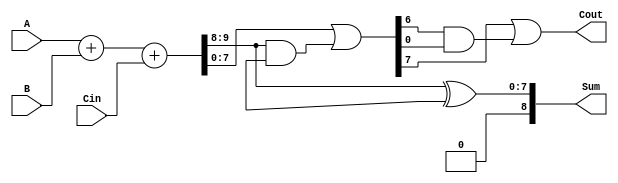
module carry_skip_adder (
   input [7:0] A,
   input [7:0] B,
   input Cin,
   output [8:0] Sum,
   output Cout
);

wire [7:0] P, G, C;
wire [7:0] C_out;

assign {P, G} = A + B + Cin;
assign C = G | (P & C_out);

assign Sum = P ^ C_out;
assign Cout = C[7] | (C[6] & C[5:0]);

endmodule